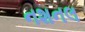
નશનલ